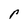
Character: p